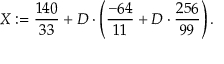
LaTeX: X : = { \frac { 1 4 0 } { 3 3 } } + D \cdot \left( { \frac { - 6 4 } { 1 1 } } + D \cdot { \frac { 2 5 6 } { 9 9 } } \right) .